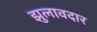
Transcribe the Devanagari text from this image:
झुलावदार